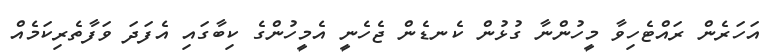
އަހަރެން ރައްޓެހިވާ މީހުންނާ ގުޅުން ކެނޑެން ޖެހެނީ އެމީހުންގެ ކިބާގައި އެފަދަ ވަފާތެރިކަމެއް